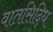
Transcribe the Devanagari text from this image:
वातसिद्धि